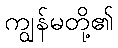
ကျွန်မတို့၏